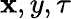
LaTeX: \mathbf{x},y,\tau